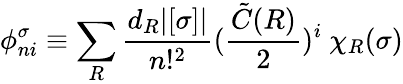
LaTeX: \phi_{ni}^{\sigma}\equiv\sum_{R}\frac{d_{R}|[\sigma]|}{n!^{2}}(\frac{{\tilde{C}}(R)}{2})^{i}\ \chi_{R}(\sigma)